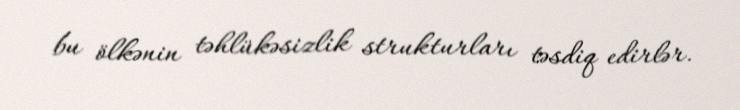
bu ölkənin təhlükəsizlik strukturları təsdiq edirlər.